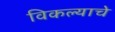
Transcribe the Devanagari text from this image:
विकल्याचे